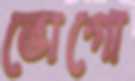
ভোগো